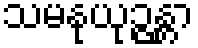
သမနုယုဉ္ဇန္တာ